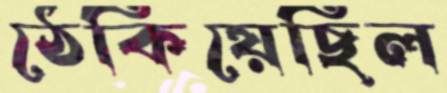
ঠেকিয়েছিল